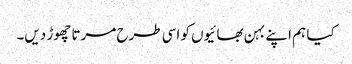
کیا ہم اپنے بہن بھائیوں کو اسی طرح مرتا چھوڑ دیں۔